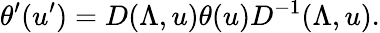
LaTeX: \theta^{\prime}(u^{\prime})=D(\Lambda,u)\theta(u)D^{-1}(\Lambda,u).